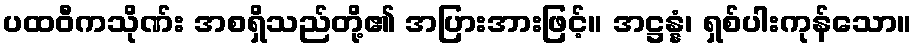
ပထဝီကသိုဏ်း အစရှိသည်တို့၏ အပြားအားဖြင့်။ အဋ္ဌန္နံ၊ ရှစ်ပါးကုန်သော။